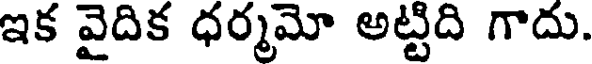
ఇక వైదిక ధర్మమో అట్టిది గాదు.